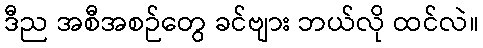
ဒီည အစီအစဉ်တွေ ခင်ဗျား ဘယ်လို ထင်လဲ။